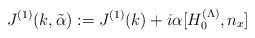
LaTeX: \begin{align*}J^{(1)}(k,\tilde{\alpha}):=J^{(1)}(k)+i\alpha[H_0^{(\Lambda)},n_x]\end{align*}